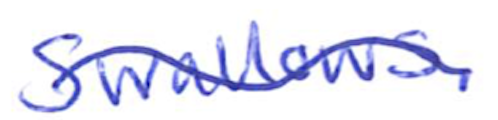
Text: Swallows.
Cross-out: wave
Writing tool: ballpoint